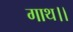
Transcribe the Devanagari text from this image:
गाथ।।